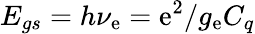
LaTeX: E_{gs}=h\nu_{\mathrm{e}}=\mathrm{e}^{2}/g_{\mathrm{e}}C_{q}